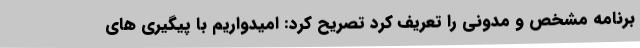
برنامه مشخص و مدونی را تعریف کرد تصریح کرد: امیدواریم با پیگیری های